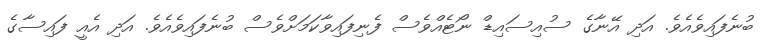
ބުނެފައިވެއެވެ. އަދި އޭނާގެ ސުއިސައިޑް ނޯޓެއްވެސް ފެނިފައިވާކަމަށްވެސް ބުނެފައިވެއެވެ. އަދި އެއީ ފައިސާގެ